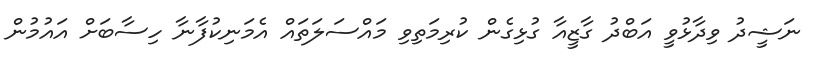
ނަޝީދު ވިދާޅުވީ އަބްދު ގާޒީއާ ގުޅިގެން ކުރިމަތިވި މައްސަލަތަައް އެމަނިކުފާނާ ހިސާބަށް އައުމުން